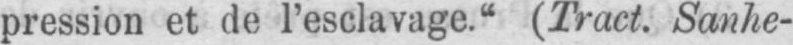
pression et de l’esclavage.“ (Tract. Sanhe-